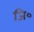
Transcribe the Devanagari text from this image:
जि०